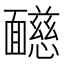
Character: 𩉋